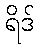
ရိဒ်